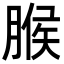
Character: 𦞈